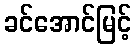
ခင်အောင်မြင့်